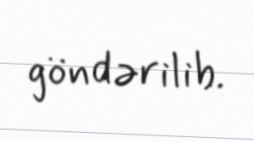
göndərilib.